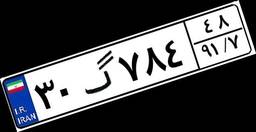
۳۰گ۷۸۴۴۸